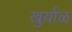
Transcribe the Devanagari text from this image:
खुर्याळ